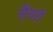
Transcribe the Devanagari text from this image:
सैंथरी